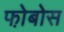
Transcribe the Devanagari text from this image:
फो़बोस